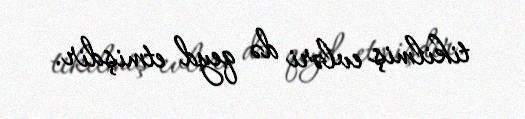
tikilmiş evləri də qeyd etmişdir.